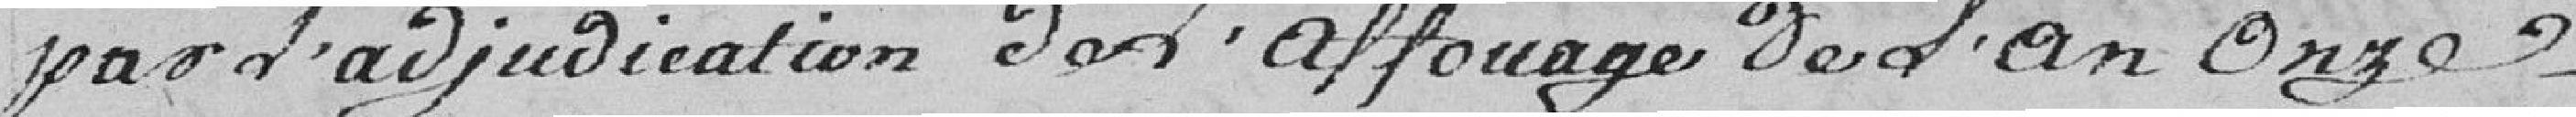
pas d'adjudication L'affouage de l'An Onze